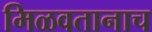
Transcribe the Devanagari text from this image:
मिळवतानाच